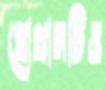
প্রোগ্রামটিও